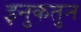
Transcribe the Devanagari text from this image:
इनुकतुन